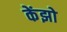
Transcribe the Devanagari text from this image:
केंझो